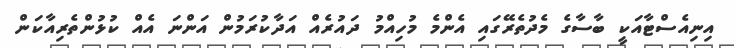
އިނިއެސްޓާއަކީ ބާސާގެ މެދުތެރޭގައި އެންމެ މުހިއްމު ދައުރެއް އަދާކުރަމުން އަންނަ އެއް ކުޅުންތެރިއާކަން